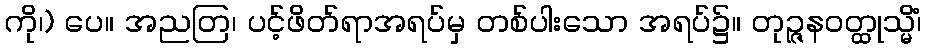
ကို၊) ပေ။ အညတြ၊ ပင့်ဖိတ်ရာအရပ်မှ တစ်ပါးသော အရပ်၌။ တုဉ္ဇနဝတ္ထုသ္မိံ၊